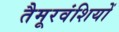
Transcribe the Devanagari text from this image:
तैमूरवंशियों